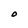
Character: O